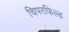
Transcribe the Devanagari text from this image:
चिपरफिल्ड